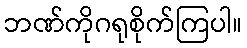
ဘဏ်ကိုဂရုစိုက်ကြပါ။